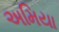
અમિયા